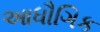
આધૌગિક